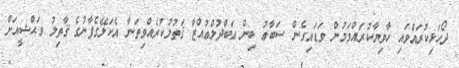
ދޯހަޅިކުރައްވައި ހާވިޔާކުރައްވަމުން ވަޑައިގެން ސަބާޢު ބިން ޢަބްދުލްޢުއްޒާ ޤަތުލުކުރެއްވިތަނާ އެކަލޭގެފާނުގެ ޤާތިލު ވަޙްޝީއަށް